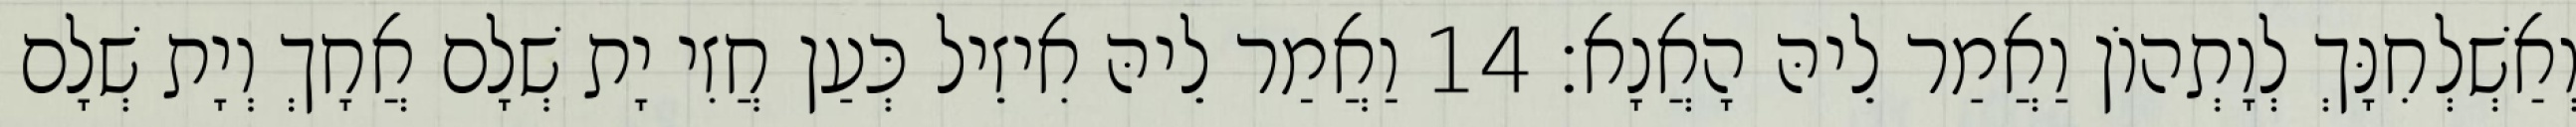
וְאַשְׁלְחִנָּךְ לְוָתְהוֹן וַאֲמַר לֵיהּ הָאֲנָא׃ 14 וַאֲמַר לֵיהּ אִיזֵיל כְּעַן חֲזִי יָת שְׁלָם אֲחָךְ וְיָת שְׁלָם